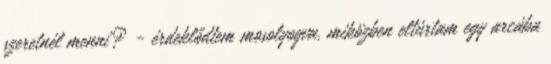
szeretnél menni? - érdeklődtem mosolyogva, miközben eltúrtam egy arcába